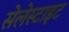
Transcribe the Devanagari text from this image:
सेलेस्टाइट